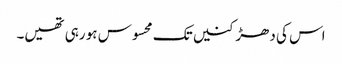
اس کی دھڑکنیں تک محسوس ہو رہی تھیں۔